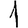
Digit: 1